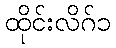
ထိုင်းလိဂ်၁